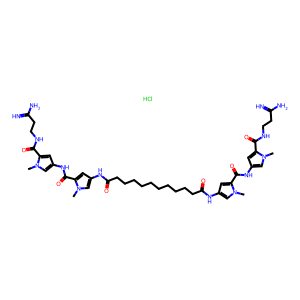
SMILES: Cl.Cn1cc(NC(=O)c2cc(NC(=O)CCCCCCCCCCC(=O)Nc3cc(C(=O)Nc4cc(C(=O)NCCC(=N)N)n(C)c4)n(C)c3)cn2C)cc1C(=O)NCCC(=N)N
Inhibits HIV replication: Yes